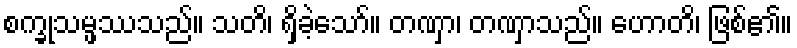
စက္ခုသမ္ဖဿသည်။ သတိ၊ ရှိခဲ့သော်။ တဏှာ၊ တဏှာသည်။ ဟောတိ၊ ဖြစ်၏။